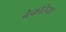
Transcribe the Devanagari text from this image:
बेकरिया